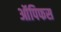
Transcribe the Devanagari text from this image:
ऑपिफस